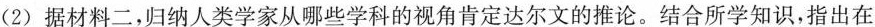
(2)据材料二，归纳人类学家从哪些学科的视角肯定达尔文的推论。结合所学知识，指出在